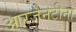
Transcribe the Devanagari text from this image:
आरजेनटीना